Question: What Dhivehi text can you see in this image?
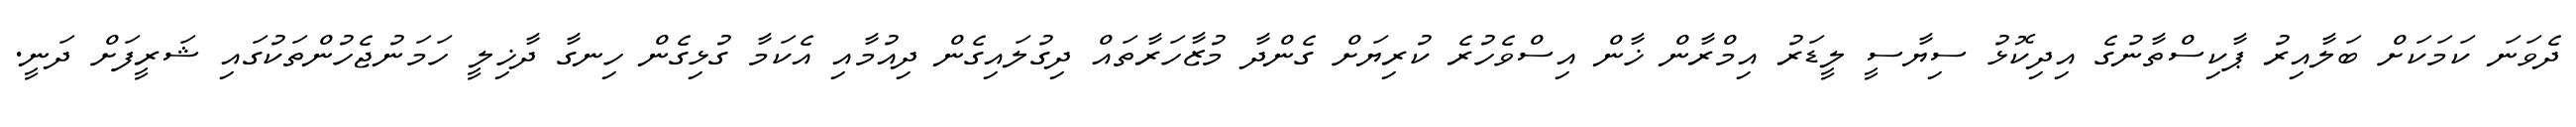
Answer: ދެވަނަ ކަމަކަށް ބަލާއިރު ޕާކިސްތާނުގެ އިދިކޮޅު ސިޔާސީ ލީޑަރު އިމްރާން ޚާން އިސްވެހުރެ ކުރިޔަށް ގެންދާ މުޒާހަރާތައް ދިގުލައިގެން ދިއުމާއި އެކަމާ ގުޅިގެން ހިނގާ ދާޚިލީ ހަމަނުޖެހުންތަކުގައި ޝަރީފަށް ދަނީ.